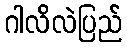
ဂါလိလဲပြည်